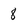
Character: 8